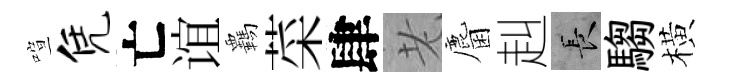
喧凭亡谊覊菜肆老麕赳长騶橫